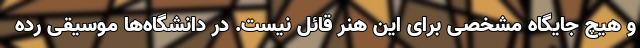
و هیچ جایگاه مشخصی برای این هنر قائل نیست. در دانشگاه‌ها موسیقی رده